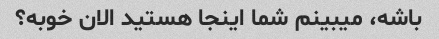
باشه، میبینم شما اینجا هستید الان خوبه؟